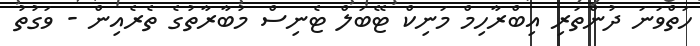
ހަތްވަނަ ދުންތަރި އިބްރާހިމް މަނިކް ޓޭބަލް ޓެނިސް މުބާރާތުގެ ތެރެއިން - ވަގުތު